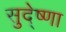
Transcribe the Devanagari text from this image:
सुदे्ष्णा